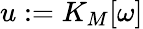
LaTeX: u:=K_{M}[\omega]